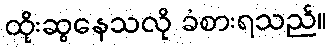
ထိုးဆွနေသလို ခံစားရသည်။